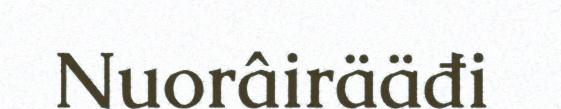
Nuorâirääđi